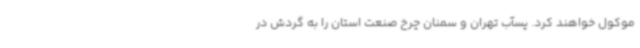
موکول خواهند کرد. پسآب تهران و سمنان چرخ صنعت استان را به گردش در